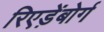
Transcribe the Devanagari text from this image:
रिएड़ेंबोर्ग